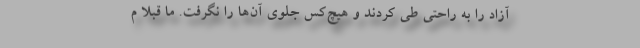
آزاد را به راحتی طی کردند و هیچ‌کس جلوی آن‌ها را نگرفت. ما قبلا م